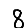
Digit: 8